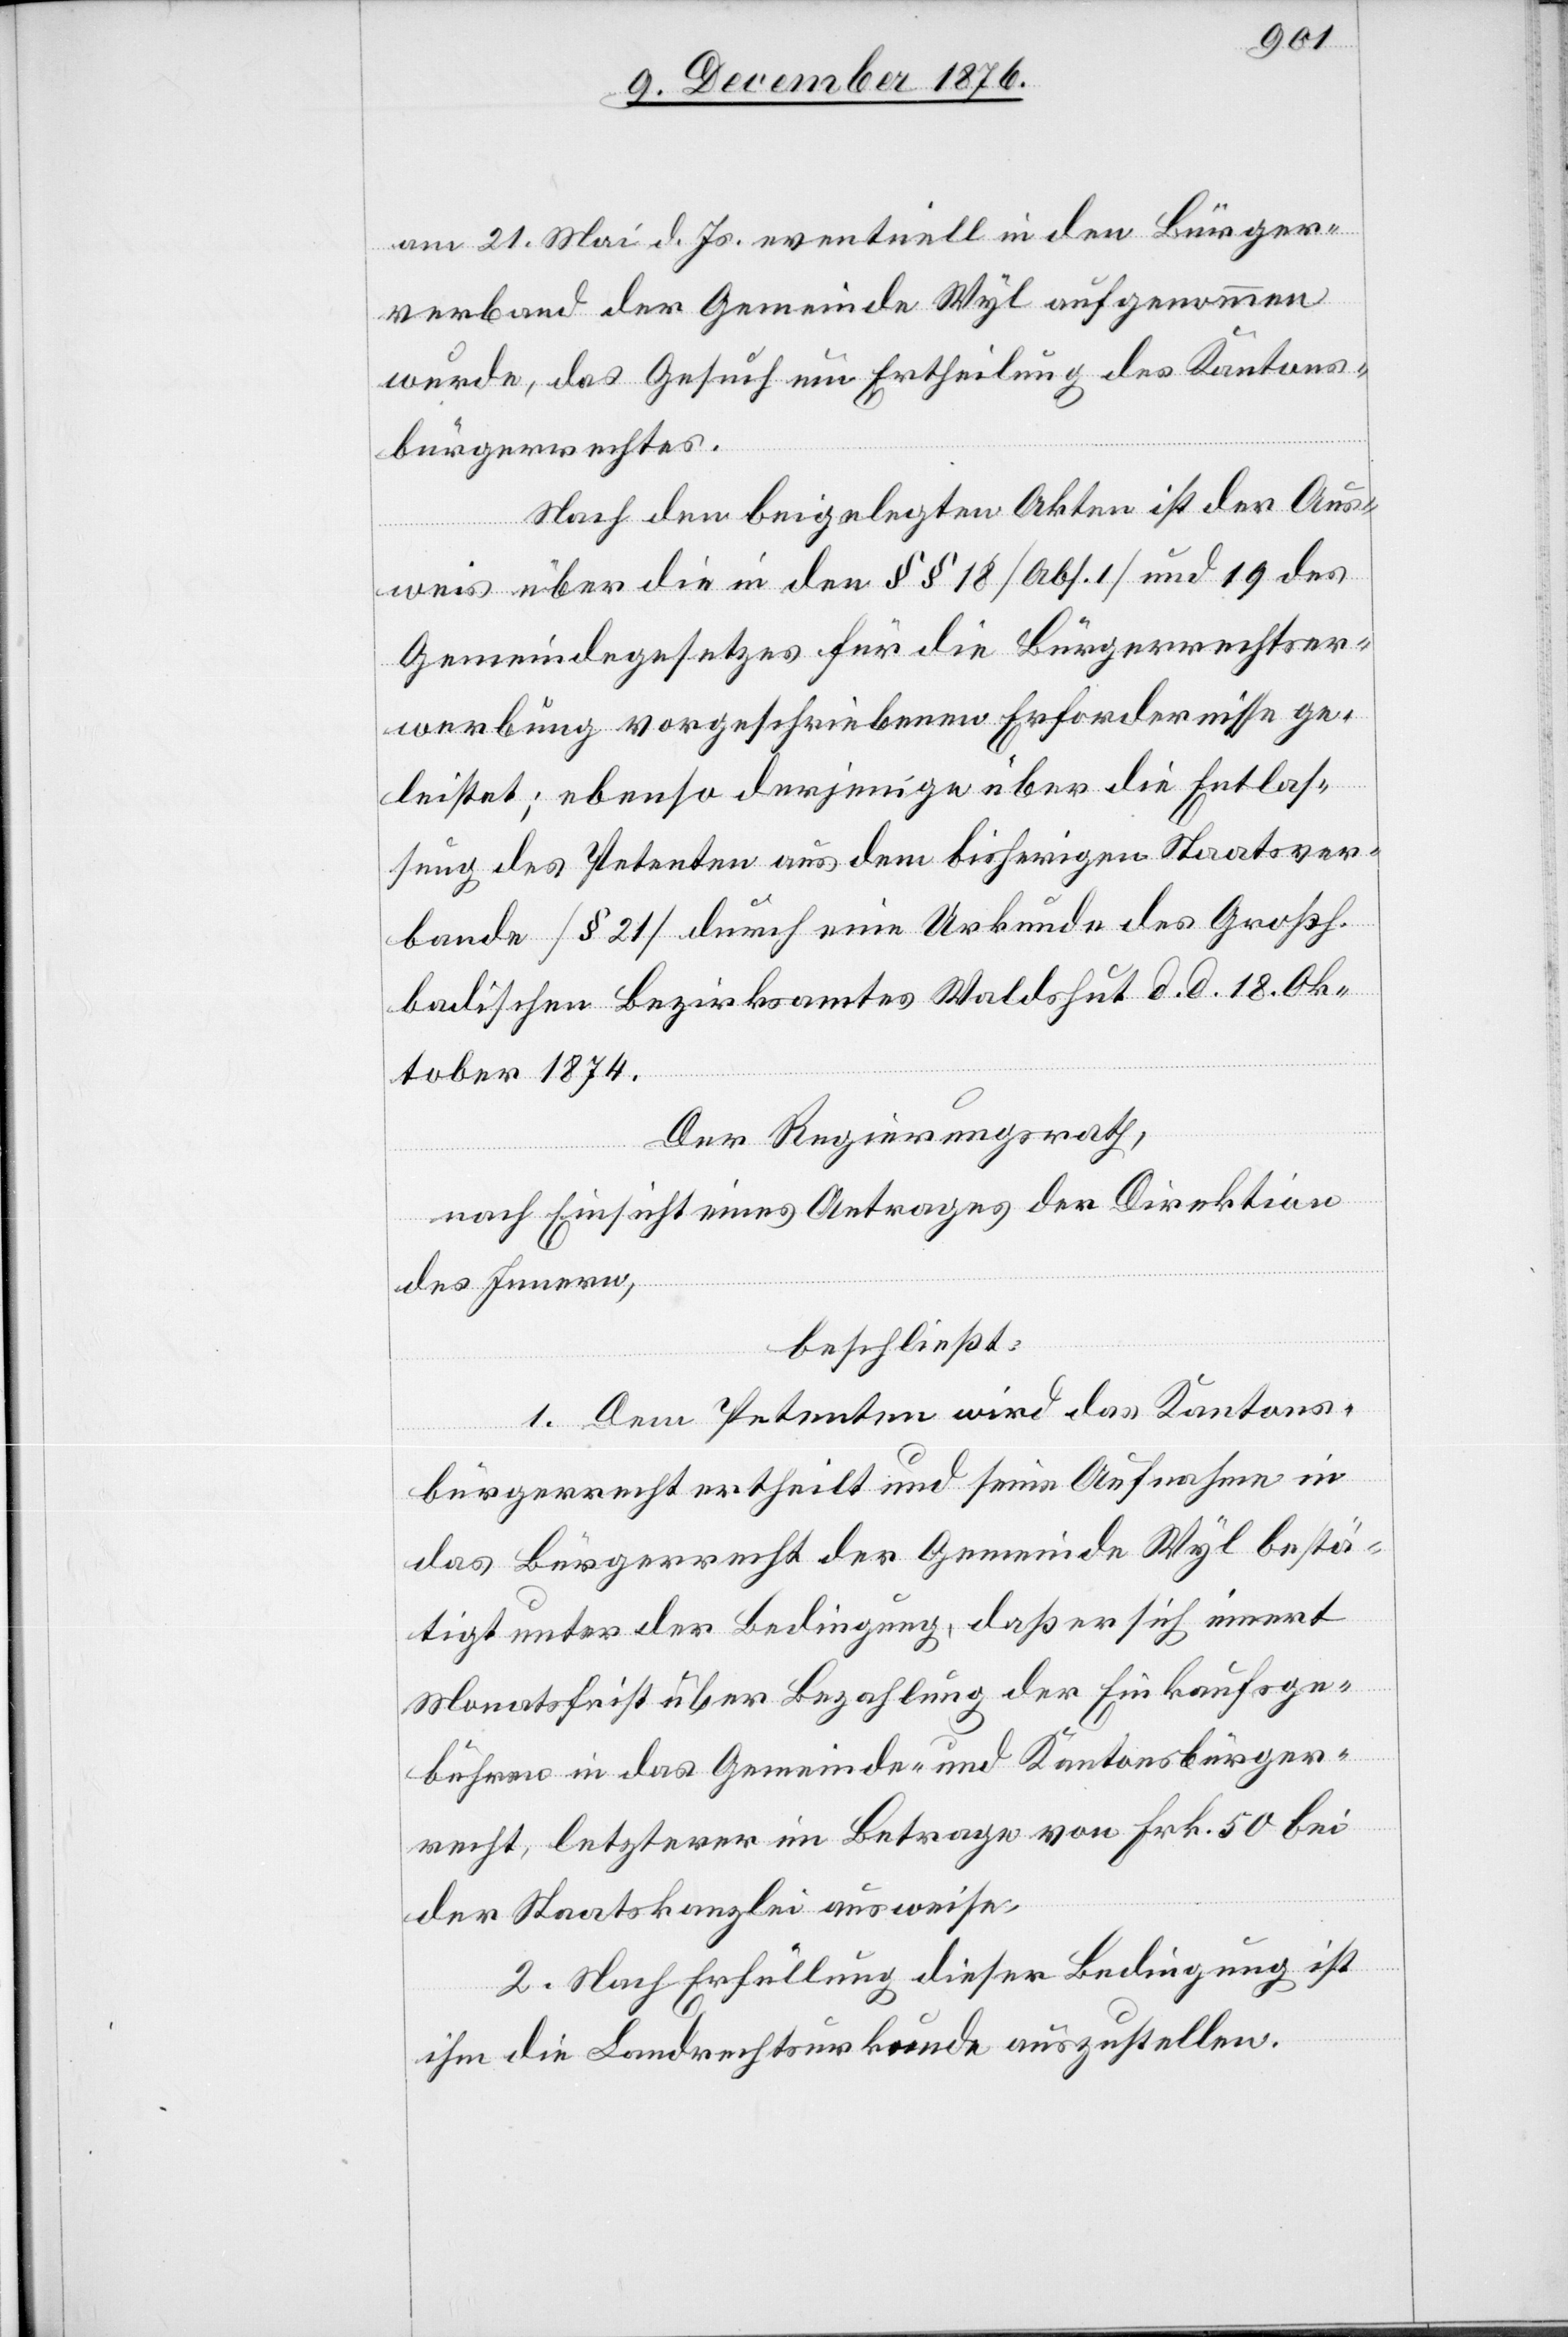
am 21. Mai d. Js. eventuell in den Bürger¬
verband der Gemeinde Wyl aufgenommen
wurde, das Gesuch um Ertheilung des Kantons¬
bürgerrechtes.
Nach den beigelegten Akten ist der Aus¬
weis über die in den §§ 18 [Abs. 1] und 19 des
Gemeindegesetzes für die Bürgerrechtser¬
werbung vorgeschriebenen Erfordernisse ge¬
leistet; ebenso derjenige über die Entlas¬
sung des Petenten aus dem bisherigen Staatsver¬
bande [§ 21] durch eine Urkunde des Großh.
badischen Bezirksamtes Waldshut d. d. 18. Ok¬
tober 1874.
Der Regierungsrath,
nach Einsicht eines Antrages der Direktion
des Innern,
beschließt:
1. Dem Petenten wird das Kantons¬
bürgerrecht ertheilt und seine Aufnahme in
das Bürgerrecht der Gemeinde Wyl bestä¬
tigt unter der Bedingung, daß er sich innert
Monatsfrist über Bezahlung der Einkaufsge¬
bühren in das Gemeinde- und Kantonsbürger¬
recht, letzterer im Betrage von Frk. 50 bei
der Staatskanzlei ausweise.
2. Nach Erfüllung dieser Bedingung ist
ihm die Landrechtsurkunde auszustellen.